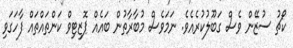
ކޯޗު ސުޒޭން ވެސް ގަބޫލުކުރެއެވެ. ނަމަވެސް މުބާރާތުން ބައެއް ޕޮޒިޓިވް ކަންތައްތައް ފާހަގަވި